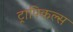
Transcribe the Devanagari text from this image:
ट्रापिकल्स